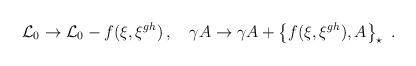
LaTeX: \begin{align*}{\mathcal{L}_{0}}\rightarrow {\mathcal{L}_{0}}-f(\xi ,\xi ^{gh})\,,\quad\gamma A\rightarrow \gamma A+\left\{ f(\xi ,\xi ^{gh}),A\right\} _{\star}\,\,.\end{align*}